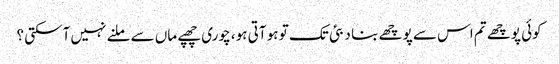
کوئی پوچھے تم اس سے پوچھے بنا دبئی تک تو ہو آتی ہو، چوری چھپے ماں سے ملنے نہیں آسکتی ؟